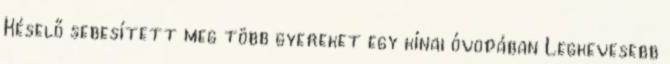
Késelő sebesített meg több gyereket egy kínai óvodában Legkevesebb